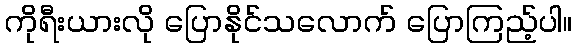
ကိုရီးယားလို ပြောနိုင်သလောက် ပြောကြည့်ပါ။